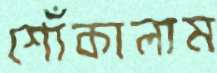
শোঁকালাম